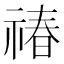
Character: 𬓉